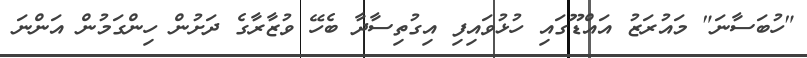
"ހުބަސާނަ" މައުރަޒު އައްޑޫގައި ހުޅުވައިފި އިގުތިސާދާ ބެހޭ ވުޒާރާގެ ދަށުން ހިންގަމުން އަންނަ